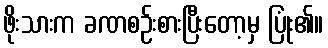
ဖိုးသားက ခဏစဉ်းစားပြီးတော့မှ ပြုံး၏။